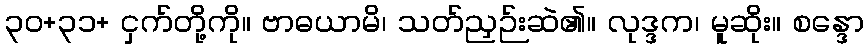
၃၀+၃၁+ ငှက်တို့ကို။ ဗာဓယာမိ၊ သတ်ညှဉ်းဆဲ၏။ လုဒ္ဒက၊ မူဆိုး။ စန္ဒော